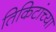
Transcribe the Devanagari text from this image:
तिकिटांच्या